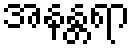
အနန္တရာ